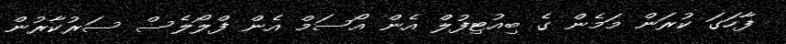
ފާހަގަ ކުރަން މަމެން ގެ ބިއުޓިފުލް އެން އޯސަމް އެން ފްލޯލެސް ސަރުކާރުން